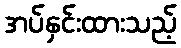
အပ်နှင်းထားသည့်